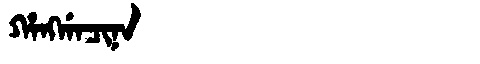
Manchu: ᡥᠠᠩᡤᠠᠴᡳᠨᠠ
Romanization: HANGGACINA